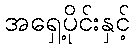
အရှေ့ပိုင်းနှင့်